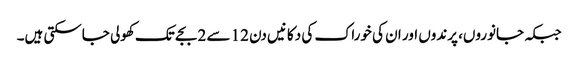
جبکہ جانوروں، پرندوں اور ان کی خوراک کی دکانیں دن 12 سے 2 بجے تک کھولی جاسکتی ہیں۔